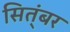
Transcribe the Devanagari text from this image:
सित्ंबर